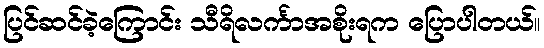
ပြင်ဆင်ခဲ့ကြောင်း သီရိလင်္ကာအစိုးရက ပြောပါတယ်။